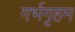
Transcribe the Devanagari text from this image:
गर्भगृहम